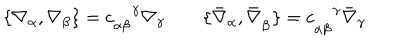
\{ \nabla _ { \alpha } , \nabla _ { \beta } \} = c _ { \alpha \beta } ^ { \enspace \enspace \gamma } \nabla _ { \gamma } \qquad \{ \bar { \nabla } _ { \dot { \alpha } } , \bar { \nabla } _ { \dot { \beta } } \} = c _ { \dot { \alpha } \dot { \beta } } ^ { \enspace \enspace \dot { \gamma } } \bar { \nabla } _ { \dot { \gamma } }